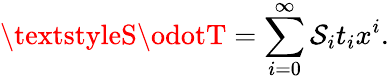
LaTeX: \textstyleS\odotT=\sum_{i=0}^{\infty}\mathcal{S}_{i}t_{i}x^{i}.